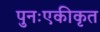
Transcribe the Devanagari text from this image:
पुनःएकीकृत